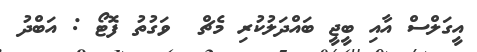
އީގަލްސް އާއި ބީޖީ ބައްދަލުކުރި މެޗް  ވަގުތު ފޮޓޯ : އަބްދު